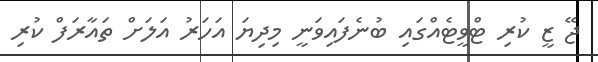
ޖޭ ޒީ ކުރި ޓްވީޓެއްގައި ބުނެފައިވަނީ މިދިޔަ އަހަރު އަލަށް ތައާރަފް ކުރި